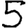
Digit: 5